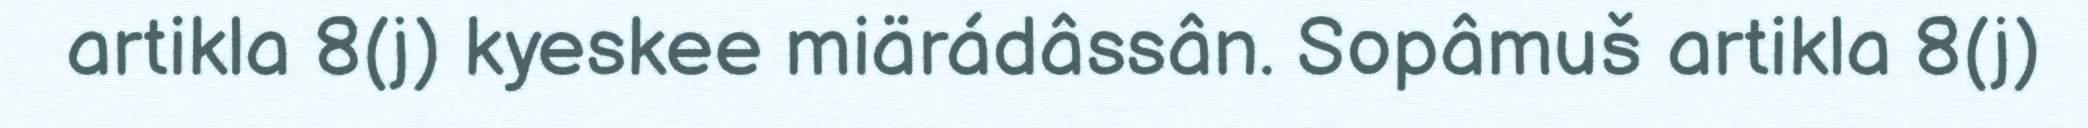
artikla 8(j) kyeskee miärádâssân. Sopâmuš artikla 8(j)